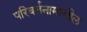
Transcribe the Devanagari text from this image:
परिवर्तनामागील